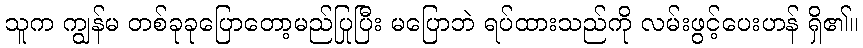
သူက ကျွန်မ တစ်ခုခုပြောတော့မည်ပြုပြီး မပြောဘဲ ရပ်ထားသည်ကို လမ်းဖွင့်ပေးဟန် ရှိ၏။